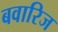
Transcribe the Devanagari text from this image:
बवारिज